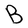
Character: B